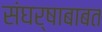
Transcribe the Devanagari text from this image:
संघर्षाबाबत